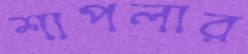
শাপলার